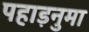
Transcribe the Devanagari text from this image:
पहाड़नुमा